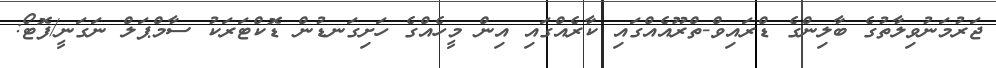
ޖަރުމަނުވިލާތުގެ ބާލިންގެ ޑްރައިވް-ތްރޫއެއްގައި ކާރެއްގައި އިން މީހެއްގެ ހަށިގަނޑުން ޑޮކްޓަރަކު ސާމްޕަލް ނަގަނީ/ފޮޓޯ: